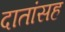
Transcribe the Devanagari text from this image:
दातांसह